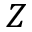
Z